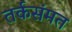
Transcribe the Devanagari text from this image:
तर्कसंमत